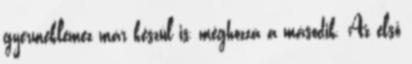
gyermeklemez már készül is, méghozzá a második. Az első